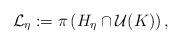
LaTeX: \begin{align*}\mathcal{L}_{\eta}:=\pi\left(H_{\eta}\cap\mathcal{U}(K)\right),\end{align*}